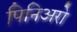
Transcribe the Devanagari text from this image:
पिनिअरो